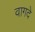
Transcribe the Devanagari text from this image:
वागदे